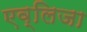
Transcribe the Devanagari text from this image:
एव्लिजा